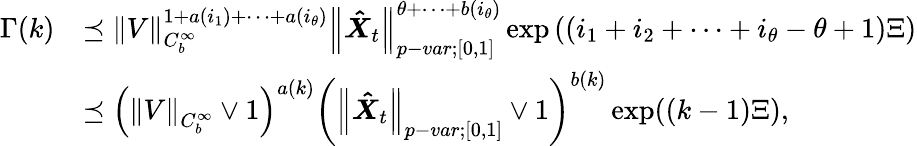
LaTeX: \begin{array}{rl}{\Gamma(k)}&{\preceq{\left\lVert{V}\right\rVert}_{C_{b}^{\infty}}^{1+a(i_{1})+\cdots+a(i_{\theta})}{\left\lVert{\boldsymbol{\hat{X}}_{t}}\right\rVert}_{p-var;[0,1]}^{\theta+\cdots+b(i_{\theta})}\exp\left((i_{1}+i_{2}+\cdots+i_{\theta}-\theta+1)\Xi\right)}\\ &{\preceq\left({\left\lVert{V}\right\rVert}_{C_{b}^{\infty}}\vee 1\right)^{a(k)}\left({\left\lVert{\boldsymbol{\hat{X}}_{t}}\right\rVert}_{p-var;[0,1]}\vee 1\right)^{b(k)}\exp((k-1)\Xi),}\end{array}